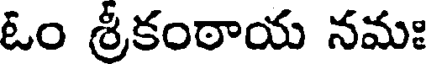
ఓం శ్రీకంఠాయ నమః